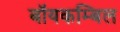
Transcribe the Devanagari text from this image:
बॉयकम्बिल